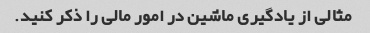
مثالی از یادگیری ماشین در امور مالی را ذکر کنید.